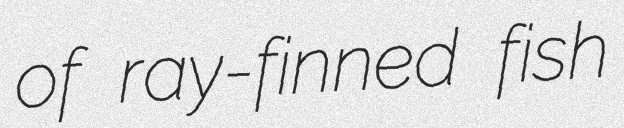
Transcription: of ray-finned fish